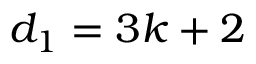
d _ { 1 } = 3 k + 2